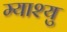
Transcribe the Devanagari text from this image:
म्याश्यु